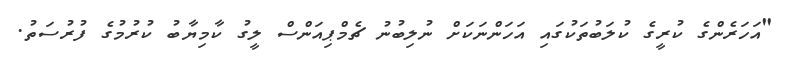
"އަހަރެންގެ ކުރީގެ ކުލަބުތަކުގައި އަހަންނަކަށް ނުލިބުނު ޗެމްޕިއަންސް ލީގު ކާމިޔާބު ކުރުމުގެ ފުރުސަތު.